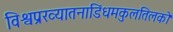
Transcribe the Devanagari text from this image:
विश्वप्रख्यातनाडिंधमकुलतिलको